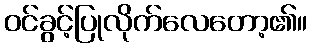
ဝင်ခွင့်ပြုလိုက်လေတော့၏။